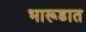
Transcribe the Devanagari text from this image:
भारूडात